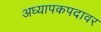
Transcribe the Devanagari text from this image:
अध्यापकपदावर